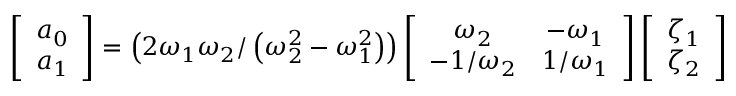
\left[ \begin{array} { l } { a _ { 0 } } \\ { a _ { 1 } } \end{array} \right] = \left( 2 \omega _ { 1 } \omega _ { 2 } / \left( \omega _ { 2 } ^ { 2 } - \omega _ { 1 } ^ { 2 } \right) \right) \left[ \begin{array} { c c } { \omega _ { 2 } } & { - \omega _ { 1 } } \\ { - 1 / \omega _ { 2 } } & { 1 / \omega _ { 1 } } \end{array} \right] \left[ \begin{array} { l } { \zeta _ { 1 } } \\ { \zeta _ { 2 } } \end{array} \right]